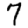
Digit: 7